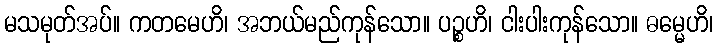
မသမုတ်အပ်။ ကတမေဟိ၊ အဘယ်မည်ကုန်သော။ ပဉ္စဟိ၊ ငါးပါးကုန်သော။ ဓမ္မေဟိ၊